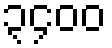
၃၄၀၀